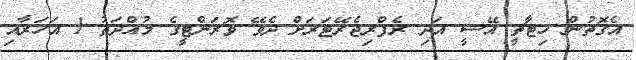
އެގޮތުން ހިޓާޗީ އޭސީ އަދި ރެފްރިޖެރޭޓަރަށް ދެވޭ ވޮރަންޓީގެ މުއްދަތު 1 އަހަރާއި